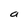
Character: a